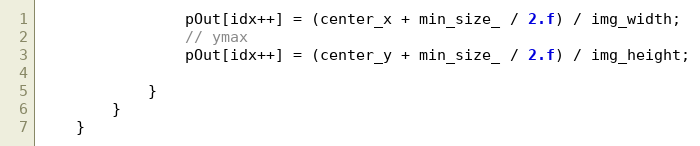
Language: C++
                pOut[idx++] = (center_x + min_size_ / 2.f) / img_width;
                // ymax
                pOut[idx++] = (center_y + min_size_ / 2.f) / img_height;

			}
		}
	}